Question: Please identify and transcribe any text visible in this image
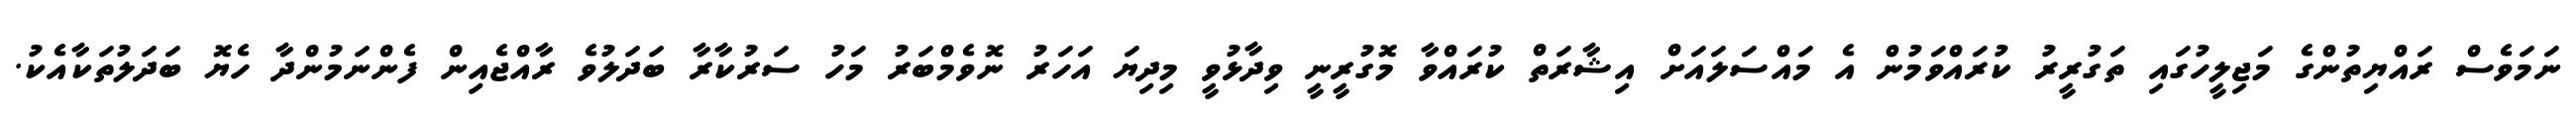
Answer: ނަމަވެސް ރައްޔިތުންގެ މަޖިލީހުގައި ތަގުރީރު ކުރައްވަމުން އެ މައްސަލައަށް އިޝާރަތް ކުރައްވާ މޮގުރީނީ ވިދާޅުވީ މިދިޔަ އަހަރު ނޮވެމްބަރު މަހު ސަރުކާރާ ބަދަލުވެ ރާއްޖެއިން ފެންނަމުންދާ ހެޔޮ ބަދަލުތަކާއެކު.